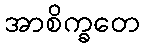
အာစိက္ခတေ